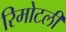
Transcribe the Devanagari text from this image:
रिमोटली